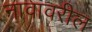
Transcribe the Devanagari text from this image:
नावावरील